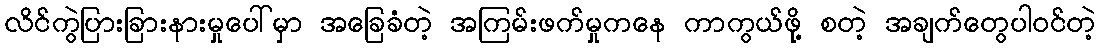
လိင်ကွဲပြားခြားနားမှုပေါ်မှာ အခြေခံတဲ့ အကြမ်းဖက်မှုကနေ ကာကွယ်ဖို့ စတဲ့ အချက်တွေပါဝင်တဲ့